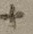
Text: +